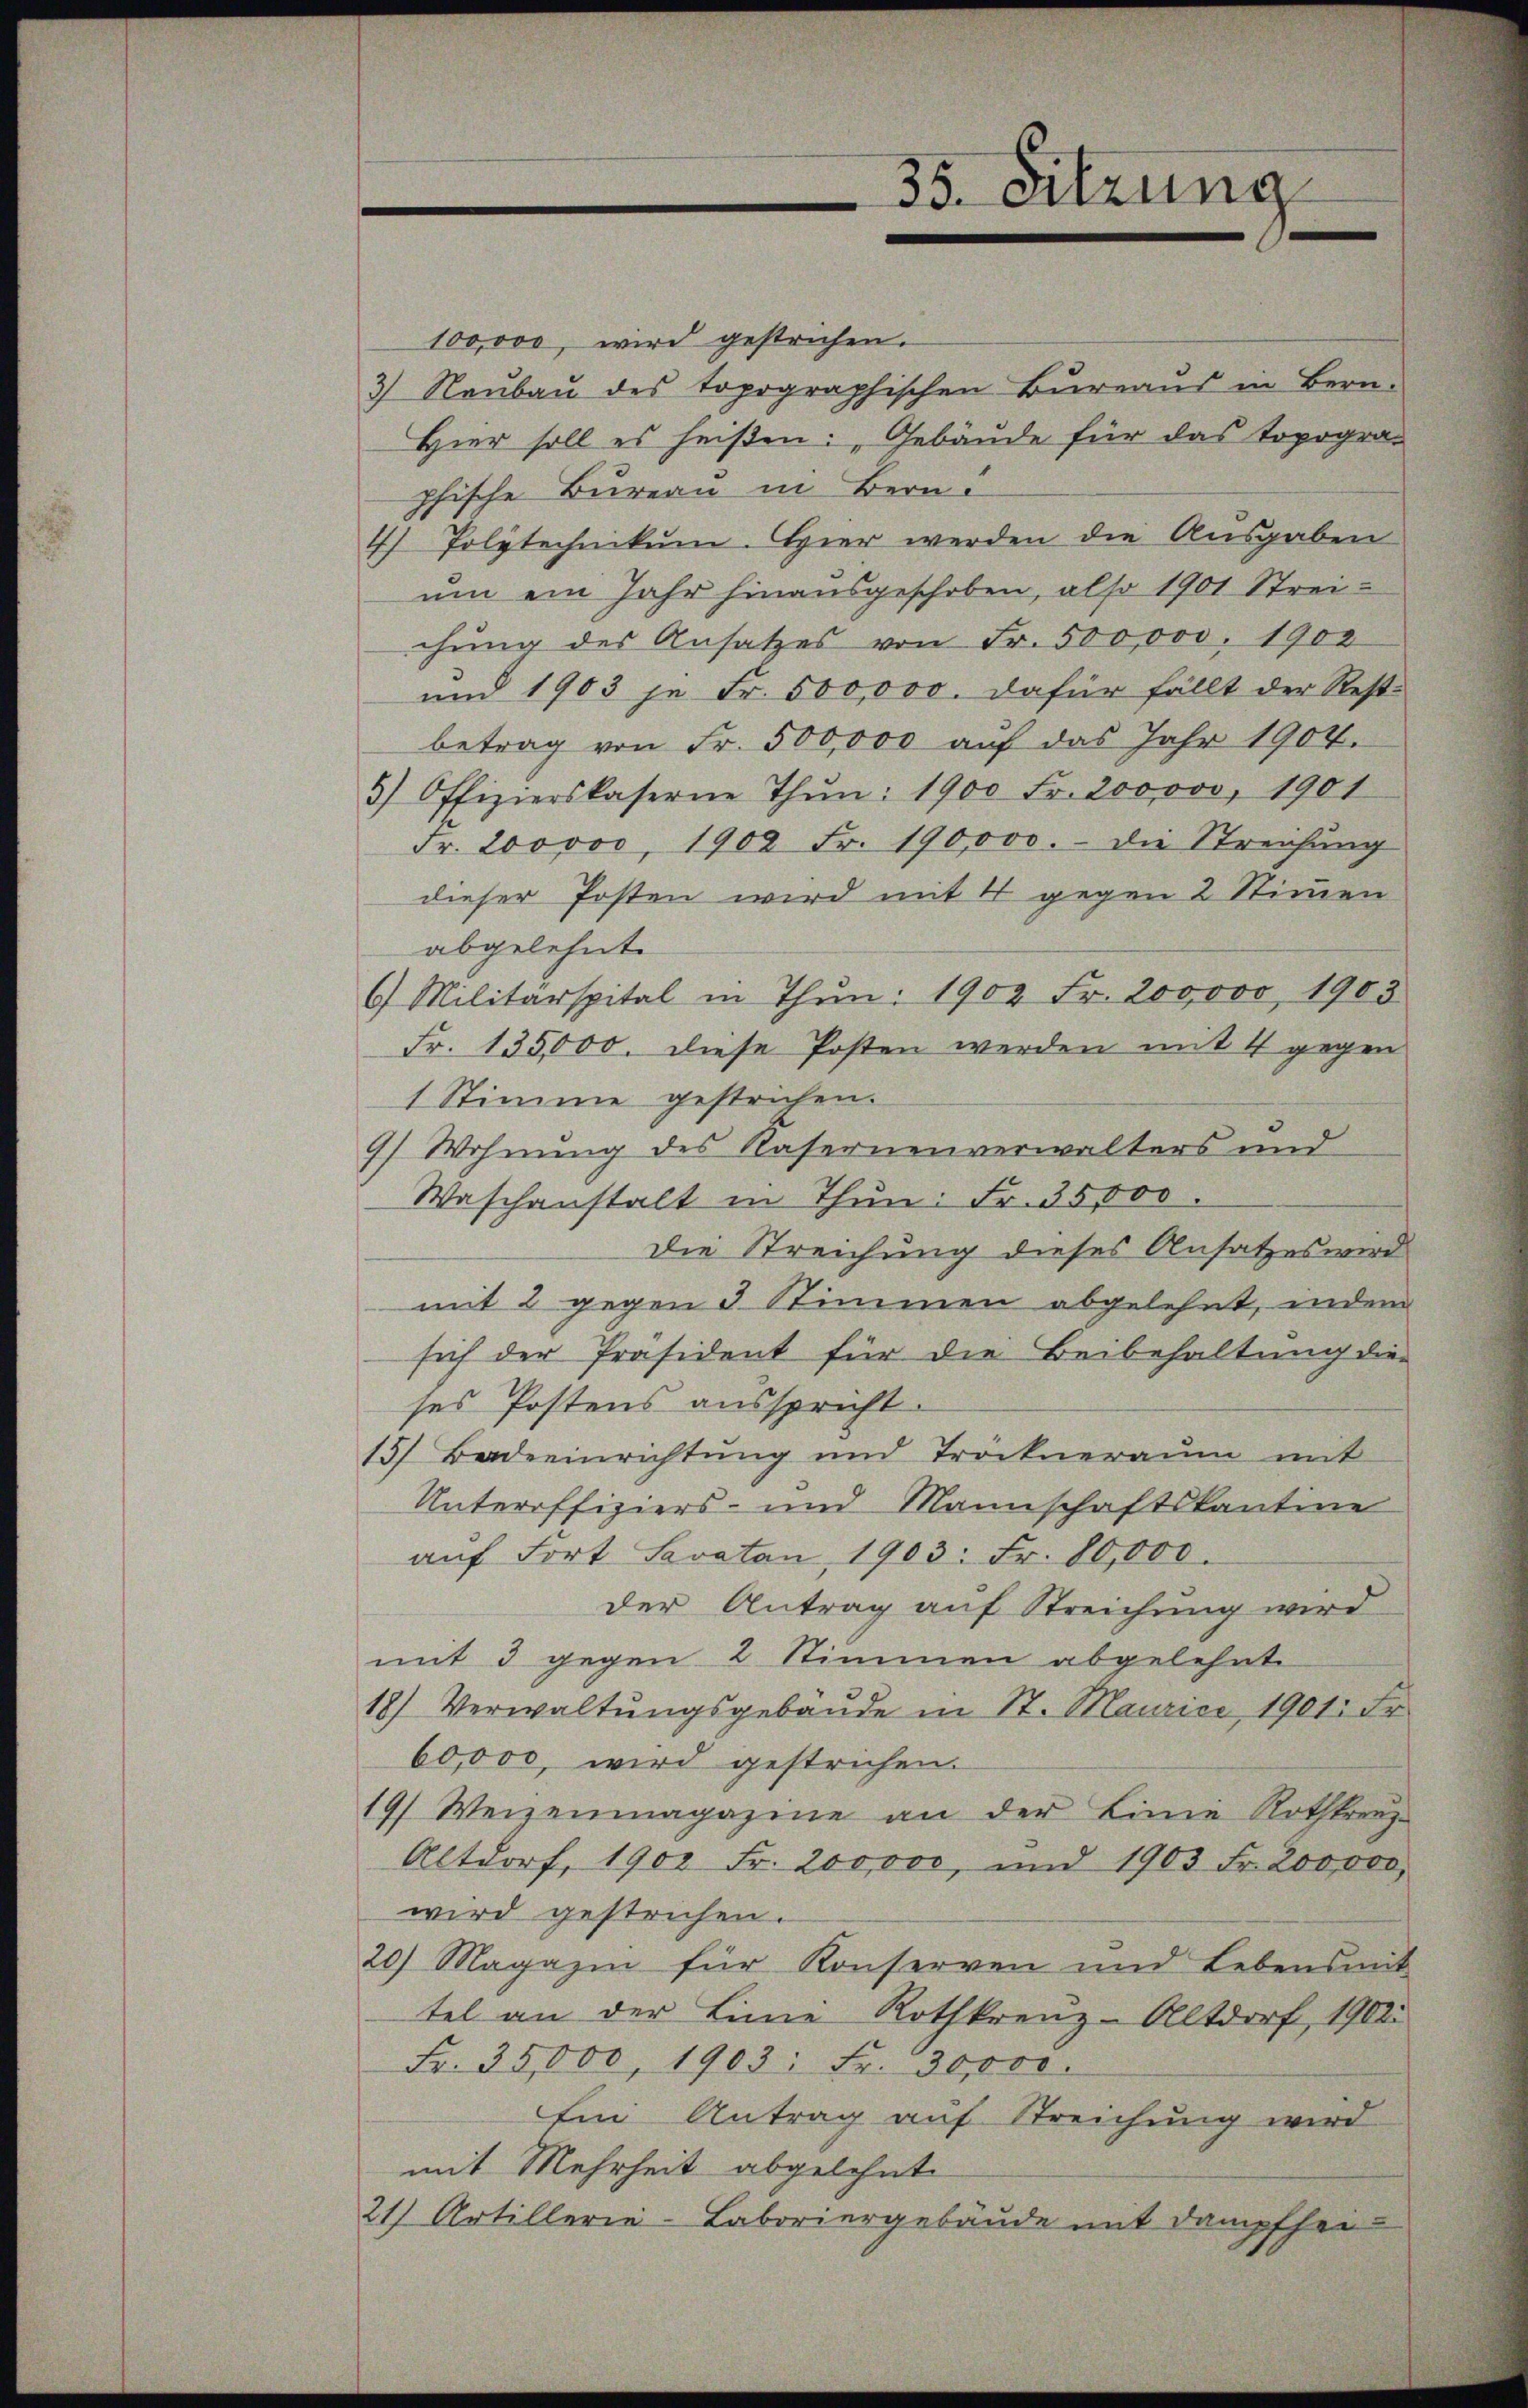
100,000, wird gestrichen.
3) Neubau des topographischen Bureaus in Bern-
Hier soll es heißen: „Gebäude für das Topogra-
phische Bureau in Bern?
4) Polytechnikum. Hier werden die Ausgaben
um ein Jahr hinausgeschoben, also 1901 Streichŭng des Ansatzes von Fr. 500,000. 1902
und 1903 je Fr. 500,000. dafür fällt der Rest-
betrag von Fr. 500,000 auf das Jahr 1904.
5) Offizierskaserne Thŭn: 1900 Fr. 200000, 1901
Fr. 200000, 1902 Fr. 190,000. - die Streichung
dieser Posten wird mit 4 gegen 2 Stimmen
abgelehnte
6) Militärspital in Thun. 1902 Fr. 200,000, 1903
Fr. 135,000. diese Posten werden mit 4 gegen
1 Stimme gestrichen.
7) Wohnung des Kasernenverwalters und
Waschanstalt in Thun: Fr. 35,000.
Die Streichung dieses Ansatzes wird
mit 2 gegen 3 Stimmen abgelehnt, indem
sich der Präsident für die Beibehaltung die
ses Postens ausspricht.
15 Badeeinrichtung und Tröckneraum mit
Unteroffiziers- und Mannschaftskantine
aŭf Fort Savatan, 1903. Fr. 80,000.
der Antrag auf Streichung wird
mit 3 gegen 2 Stimmen abgelehnt
18) Verwaltŭngsgebäŭde in St. Maurici 1901. Fr.
60,000, wird gestrichen.
19) Weizenmagazine an der Linie Rothkreuz-
Altdorf, 1900 Fr. 200,000, und 1903 Fr. 200,000
wird gestrichen.
20) Magazin für Konserven und Lebensmit
tel an der Linie Rothkreuz-Altdorf, 1902
Fr. 35,000, 1903: Fr. 30,000.
Ein Antrag auf Streichung wird
mit Mehrheit abgelehnte
21 Artillerie-Laboriergebäude mit Dampfhei

35. Sitzung